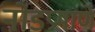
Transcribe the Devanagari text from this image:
नोडप्रमाणे